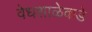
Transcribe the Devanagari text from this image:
वेधशाळेकडे